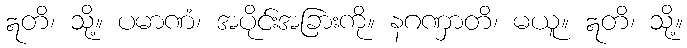
ဣတိ၊ သို့။ ပမာဏံ၊ အပိုင်းအခြားကို။ နဂဏှာတိ၊ မယူ။ ဣတိ၊ သို့။